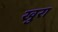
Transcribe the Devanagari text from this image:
खुरा